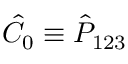
\hat { C } _ { 0 } \equiv \hat { P } _ { 1 2 3 }